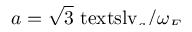
\smash { a = \sqrt { 3 } \mathrm { \ t e x t s l { v } } _ { a } / \omega _ { E } }